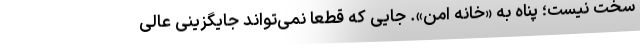
سخت نیست؛ پناه به «خانه امن». جایی که قطعاً نمی‌تواند جایگزینی عالی